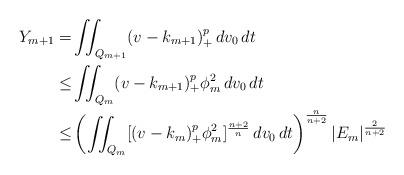
LaTeX: \begin{align*}Y_{m+1}=&\iint_{Q_{m+1}}(v-k_{m+1})_+^p\,dv_0\,dt\\\le&\iint_{Q_m}(v-k_{m+1})_+^p\phi_m^2\,dv_0\,dt\\\le&\left(\iint_{Q_m}[(v-k_m)_+^p\phi_m^2]^{\frac{n+2}{n}}\,dv_0\,dt\right)^{\frac{n}{n+2}}|E_m|^{\frac{2}{n+2}}\end{align*}